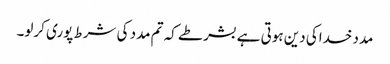
مدد خداکی دین ہوتی ہے بشرطے کہ تم مدد کی شرط پوری کرلو۔